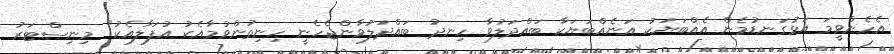
އެހެންވީމަ އަޅުގަނޑުމެން އެއްބަޔަކު އަނެއްބަޔަކާ ބައްދަލުވާ ހިނދު ބައްދަލުވާންޖެހެނީ ހިނިތުންވުމާއެކު އުފަލާއެކު" މިނިސްޓަރު